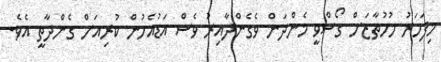
މިފަހަރު މުހުތާޒަށް ގޯސްވީ މެންދަން ވެގެންދާއިރު ވެސް އަޑުއެހުން ކުރިއަށް ގެންދާތީ އެވެ.